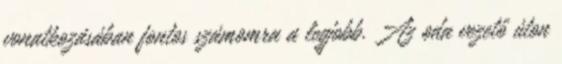
vonatkozásában fontos számomra a legjobb. Az oda vezető úton